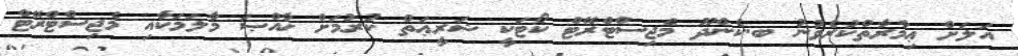
އަލަށް ޢިމާރާތްކުރެވުނު ބ.ކެންދޫ މެޖިސްޓްރޭޓް ކޯޓަކީ ޝަރީޢަތް ކުރުމަށް ޚާއްޞަ މާލަމަކާއި މެޖިސްޓްރޭޓް